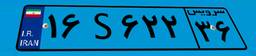
۱۶S۶۲۲۳۶